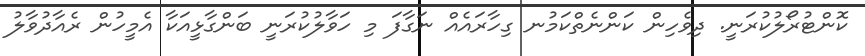
ކޮންޓުރޯލުކުރަނީ. ދިވެހިން ކަންނެތްކަމުނ ގިހާރައެއް ނަގާފަ މި ހަވާލުކުރަނީ ބަންގާޅީއަކާ އެމީހުން ރެއާދުވާލު